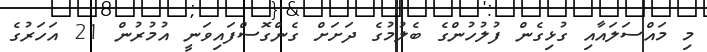
މި މައްސަލައާއި ގުޅިގެން ފުލުހުންގެ ބެލުމުގެ ދަށަށް ގެންގޮސްފައިވަނީ އުމުރުން 21 އަހަރުގެ